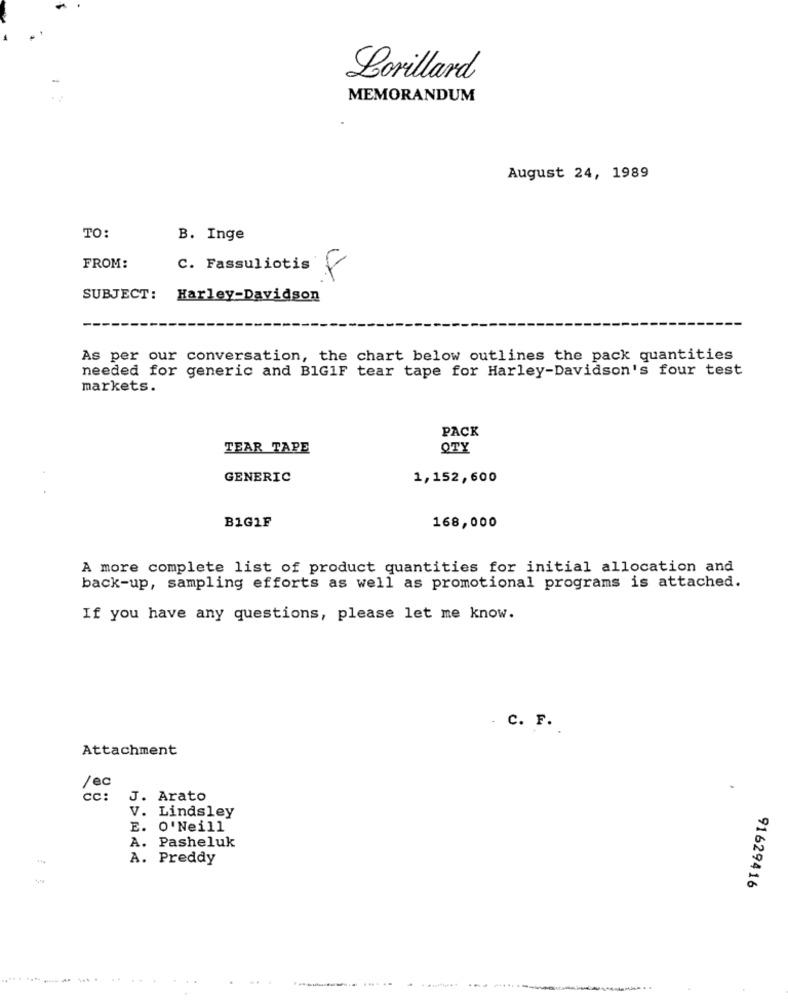
Lorillard
MEMORANDUM
August 24, 1989
TO:
B. Inge
FROM:
C. Fassuliotis
8
SUBJECT:
Harley-Davidson
As per our conversation, the chart below outlines the pack quantities
needed for generic and BIG1F tear tape for Harley-Davidson's four test
markets.
PACK
TEAR TAPE
OTY
GENERIC
1,152,600
168,000
B1G1F
A more complete list of product quantities for initial allocation and
back-up, sampling efforts as well as promotional programs is attached.
If you have any questions, please let me know.
. C. F.
Attachment
/ec
cc:
J. Arato
V. Lindsley
E. O'Neill
A. Pasheluk
A. Preddy
91629416